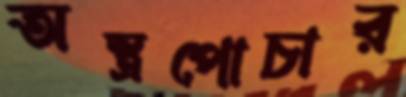
অস্ত্রপোচার